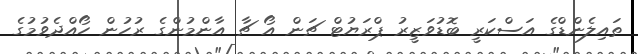
ތައިލެންޑްގެ އަސްކަރީ ބޮޑުވަޒީރު ޕްރަޔުޓް ޗަން އޯ ޗާ އާންމުންގެ ރުހުން ހޯއްދެވުމުގެ